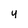
Character: y